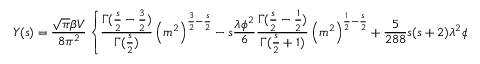
Y ( s ) = \frac { \sqrt { \pi } \beta V } { 8 \pi ^ { 2 } } \left\{ \frac { \Gamma ( \frac { s } { 2 } - \frac { 3 } { 2 } ) } { \Gamma ( \frac { s } { 2 } ) } \left( m ^ { 2 } \right) ^ { \frac { 3 } { 2 } - \frac { s } { 2 } } - s \frac { \lambda \phi ^ { 2 } } { 6 } \frac { \Gamma ( \frac { s } { 2 } - \frac { 1 } { 2 } ) } { \Gamma ( \frac { s } { 2 } + 1 ) } \left( m ^ { 2 } \right) ^ { \frac { 1 } { 2 } - \frac { s } { 2 } } + \frac { 5 } { 2 8 8 } s ( s + 2 ) \lambda ^ { 2 } \phi ^ { 4 } \frac { \Gamma ( \frac { s } { 2 } + \frac { 1 } { 2 } ) } { \Gamma ( \frac { s } { 2 } + 2 ) } \left( m ^ { 2 } \right) ^ { - \frac { 1 } { 2 } - \frac { s } { 2 } } \right\}